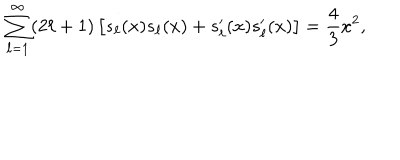
LaTeX: \sum _ { \ell = 1 } ^ { \infty } ( 2 \ell + 1 ) \left[ s _ { \ell } ( x ) s _ { \ell } ( x ) + s _ { \ell } ^ { \prime } ( x ) s _ { \ell } ^ { \prime } ( x ) \right] = { \frac { 4 } { 3 } } x ^ { 2 } ,